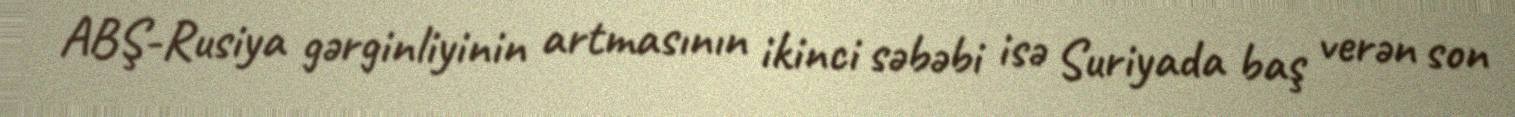
ABŞ-Rusiya gərginliyinin artmasının ikinci səbəbi isə Suriyada baş verən son